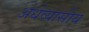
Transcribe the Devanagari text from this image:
अर्धव्यासीय